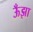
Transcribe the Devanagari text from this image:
ऊँझा